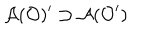
\mathcal { A } ( \mathcal { O } ) ^ { \prime } \supset \mathcal { A } ( \mathcal { O } ^ { \prime } )